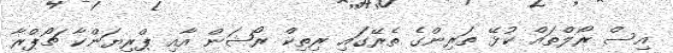
އިސް ރޯލްތައް ކުޅޭ ތަރިންގެ ތެރޭގައި ރިތިކް ރޯޝަން އާއި ޕްރިޔަންކާ ޗޯޕްރާ